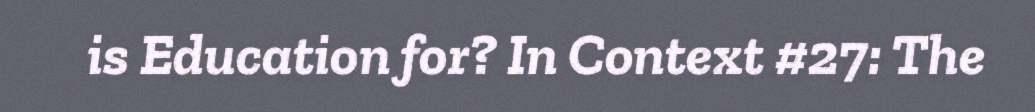
is Education for? In Context #27: The